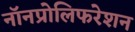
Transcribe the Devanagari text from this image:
नॉनप्रोलिफरेशन